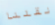
نقلنا